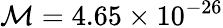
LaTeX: \mathcal{M}=4.65\times10^{-26}